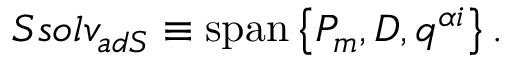
S s o l v _ { a d S } \equiv \mathrm { s p a n } \left\{ P _ { m } , D , q ^ { \alpha i } \right\} .